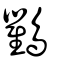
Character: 鸜